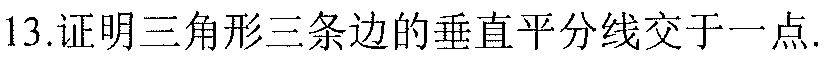
13.证明三角形三条边的垂直平分线交于一点.